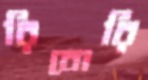
রিবোরি